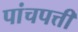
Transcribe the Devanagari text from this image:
पांचपत्ती